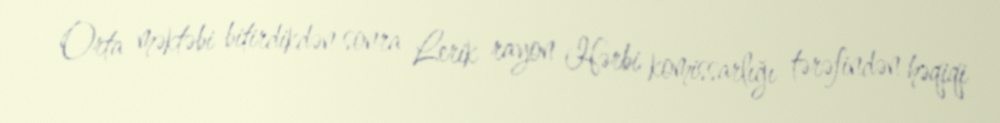
Orta məktəbi bitirdikdən sonra Lerik rayon Hərbi komissarlığı tərəfindən həqiqi